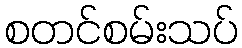
စတင်စမ်းသပ်